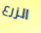
الزرع